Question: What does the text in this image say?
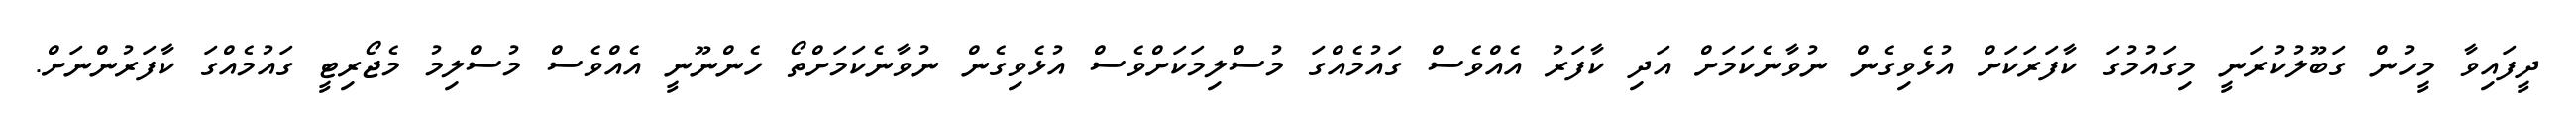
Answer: ދީފައިވާ މީހުން ގަބޫލުކުރަނީ މިގައުމުގަ ކާފަރަކަށް އުޅެވިގެން ނުވާނެކަމަށް އަދި ކާފަރު އެއްވެސް ގައުމެއްގަ މުސްލިމަކަށްވެސް އުޅެވިގެން ނުވާނެކަމަށްތޯ ހެންނޫނީ އެއްވެސް މުސްލިމު މެޖޯރިޓީ ގައުމެއްގަ ކާފަރުންނަށް.